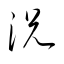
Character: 況